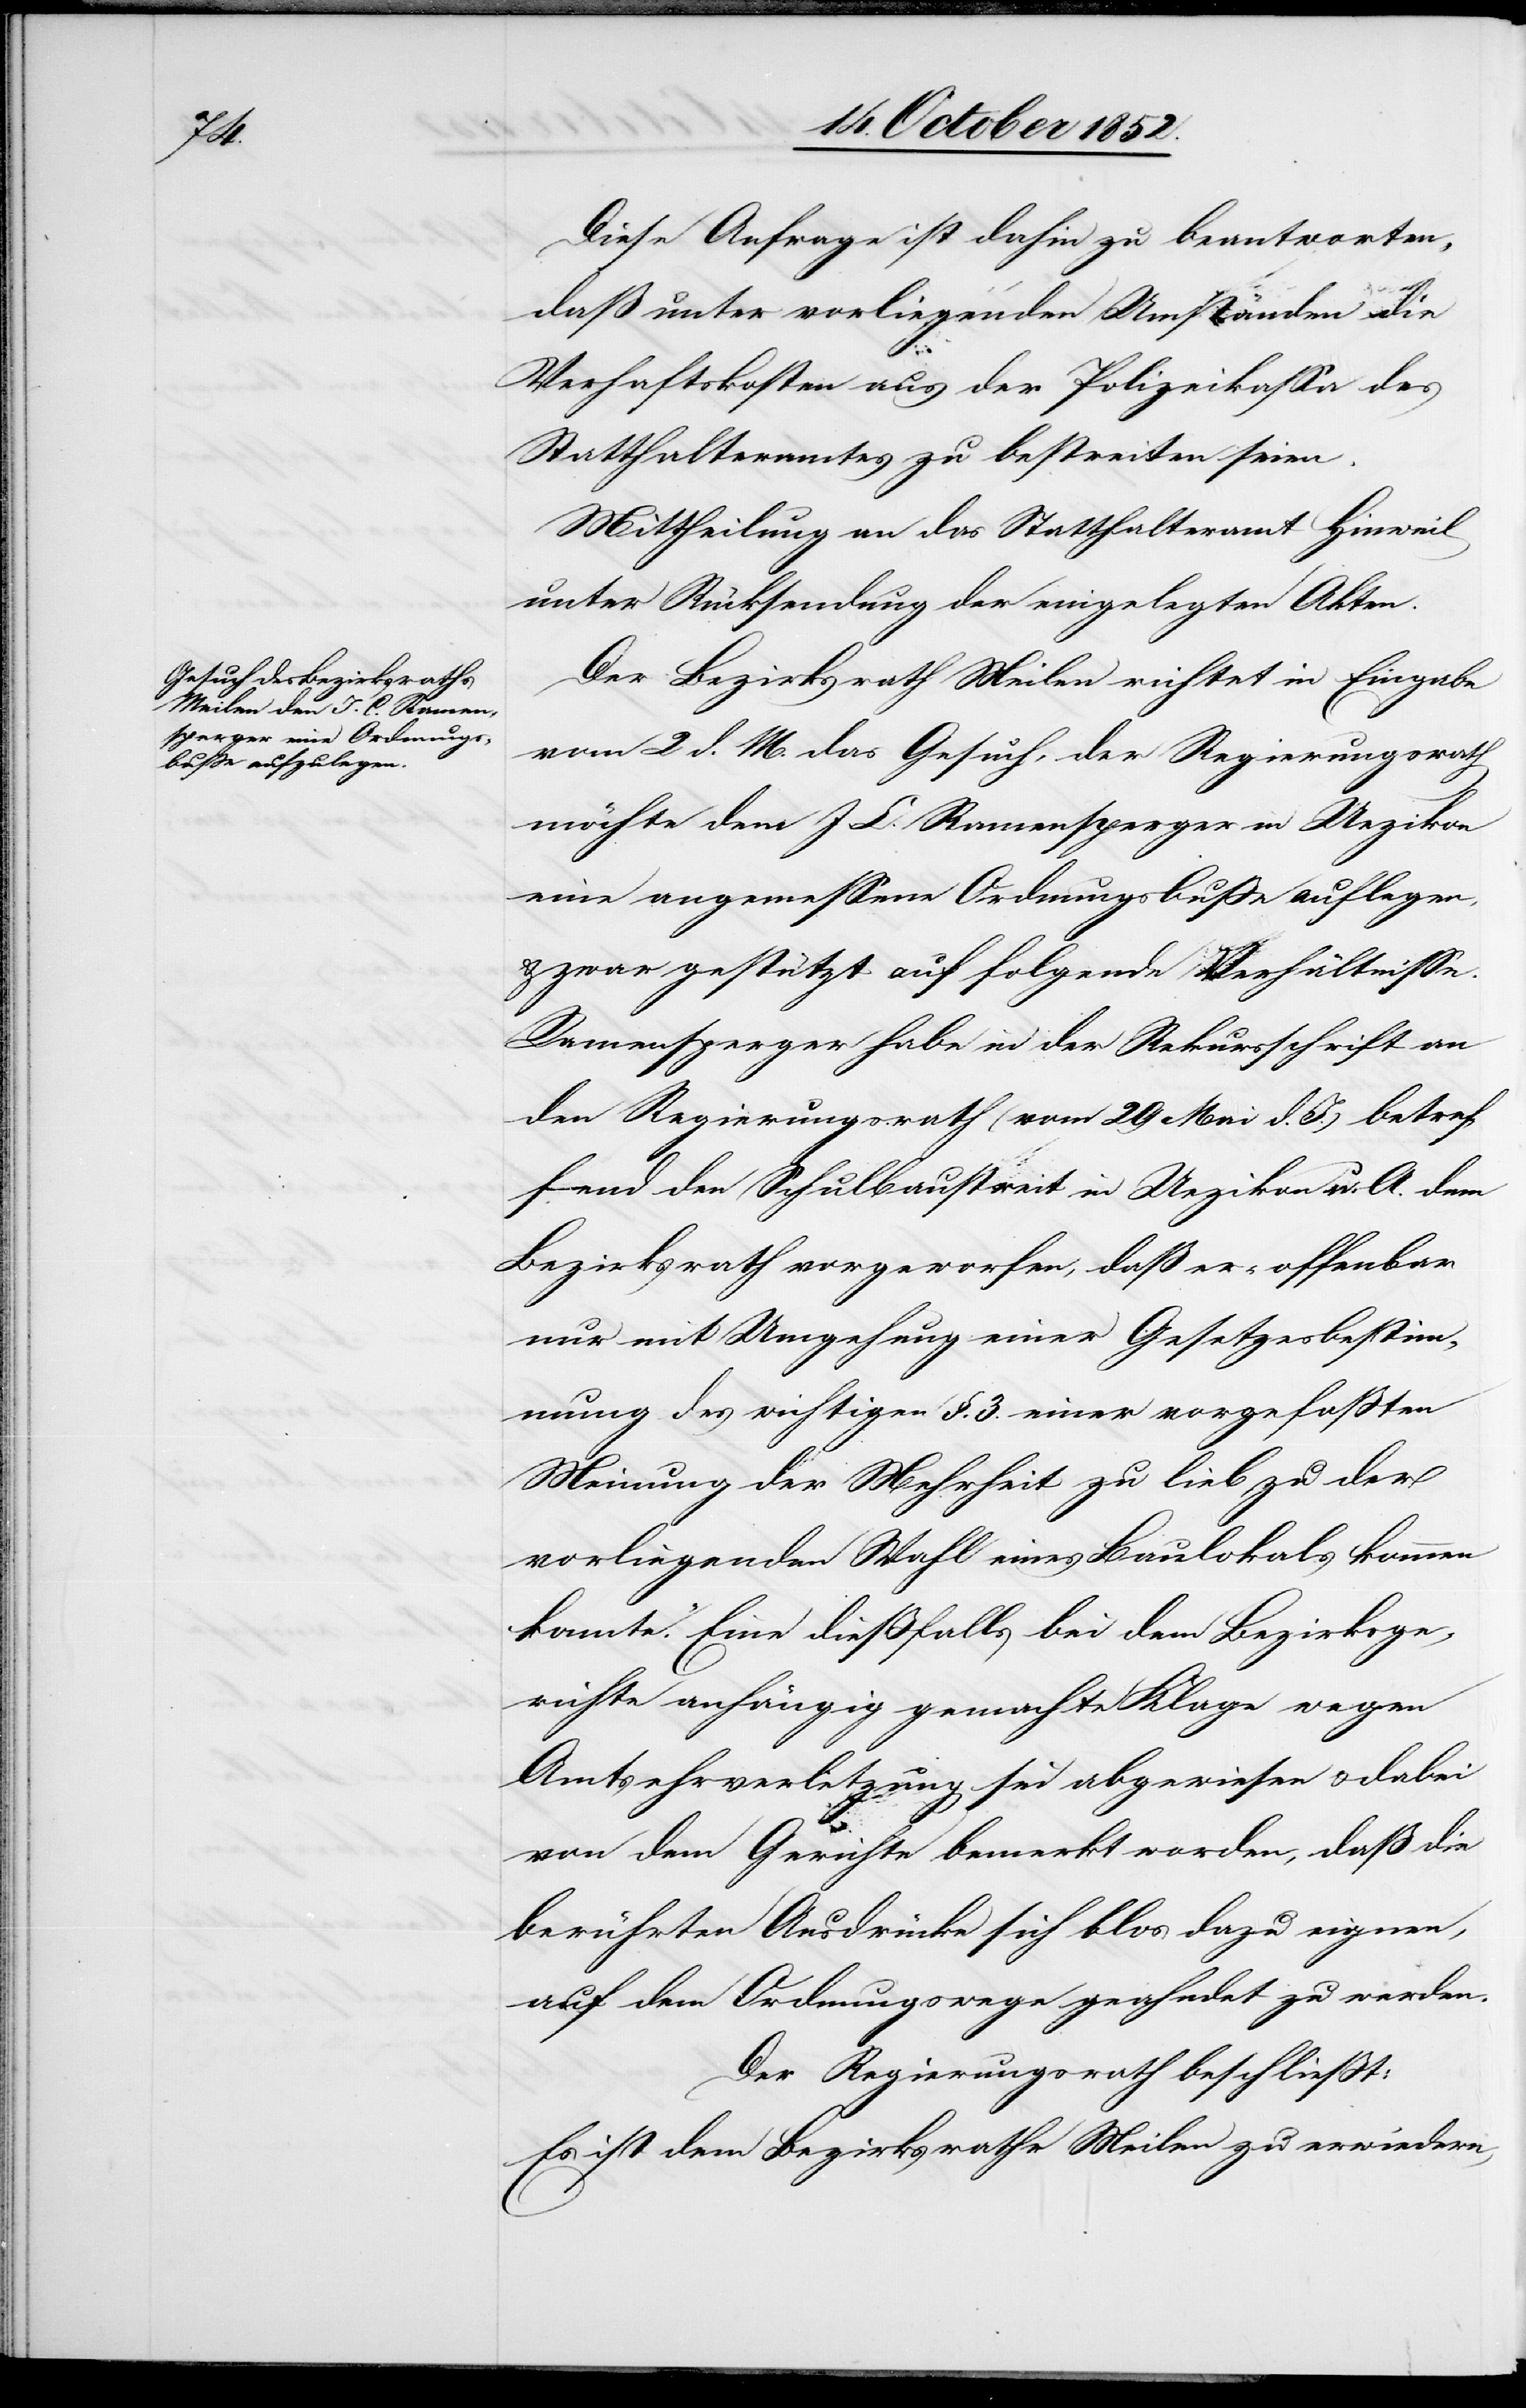
Diese Anfrage ist dahin zu beantworten,
daß unter vorliegenden Umständen die
Verhaftskosten aus der Polizeikassa des
Statthalteramtes zu bestreiten seien.
Mittheilung an das Statthalteramt Hinweil
unter Rücksendung der eingelegten Akten.
Der Bezirksrath Meilen richtet in Eingabe
vom 2 d. M. das Gesuch, der Regierungsrath
möchte dem J C. Ramensperger in Uezikon
eine angemessene Ordnungsbuße auflegen,
zwar gestützt auf folgende Verhältnisse.
Ramensperger habe in der Rekursschrift an
den Regierungsrath (vom 29 Mai d. J.) betref¬
fend den Schulbaustreit in Uezikon u. A. dem
Bezirksrath vorgeworfen, daß er „offenbar
nur mit Umgehung einer Gesetzesbestimm¬
ung des wichtigen §. 3. einer vorgefaßten
Meinung der Mehrheit zu lieb zu der
vorliegenden Wahl eines Baulokals kommen
konnte“. Eine dießfalls bei dem Bezirksge¬
richte anhängig gemachte Klage wegen
Amtsehrverletzung sei abgewiesen & dabei
von dem Gerichte bemerkt worden, daß die
berührten Ausdrücke sich blos dazu eignen,
auf dem Ordnungswege geahndet zu werden.
Der Regierungsrath beschließt:
Es ist dem Bezirksrathe Meilen zu erwiedern,